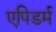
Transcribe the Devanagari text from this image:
एपिडर्म